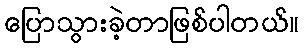
ပြောသွားခဲ့တာဖြစ်ပါတယ်။